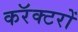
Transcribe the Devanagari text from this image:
करॅक्टरों